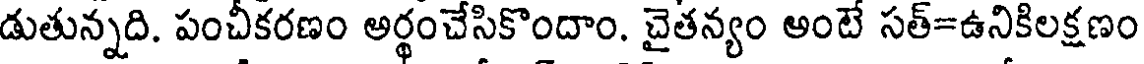
డుతున్నది. పంచీకరణం అర్థంచేసికొందాం. చైతన్యం అంటే సత్=ఉనికిలక్షణం